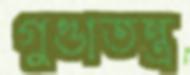
গুণ্ডাতন্ত্র